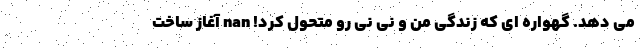
می دهد. گهواره ای که زندگی من و نی نی رو متحول کرد! nan آغاز ساخت